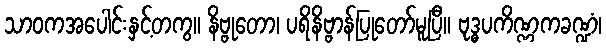
သာဝကအပေါင်းနှင့်တကွ။ နိဗ္ဗုတော၊ ပရိနိဗ္ဗာန်ပြုတော်မူပြီ။ ဗုဒ္ဓပကိဏ္ဏကခဏ္ဍံ၊